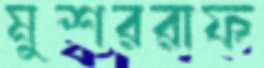
মুশররাফ